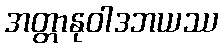
အတ္တာနုဝါဒဘယဿ